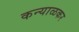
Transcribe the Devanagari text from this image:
कन्याळकर